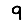
Digit: 9